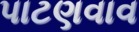
પાટણવાવ